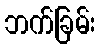
ဘက်ခြမ်း